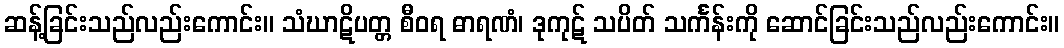
ဆန့်ခြင်းသည်လည်းကောင်း။ သံဃာဋိပတ္တ စီဝရ ဓာရဏံ၊ ဒုကုဋ် သပိတ် သင်္ကန်းကို ဆောင်ခြင်းသည်လည်းကောင်း။